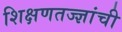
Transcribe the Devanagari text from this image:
शिक्षणतज्ज्ञांची